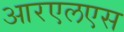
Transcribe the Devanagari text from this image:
आरएलएस